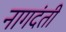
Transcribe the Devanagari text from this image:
नागदंती